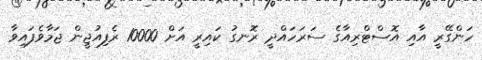
ހަންގޭރީ އާއި އޮސްޓްރިއާގެ ސަރަަހައްދީ ރޮނގު ކައިރީ އަށް 10000 ރެފިއުޖީން ޖަމާވެފައިވާ